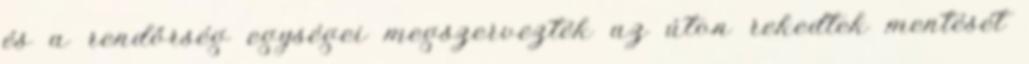
és a rendőrség egységei megszervezték az úton rekedtek mentését